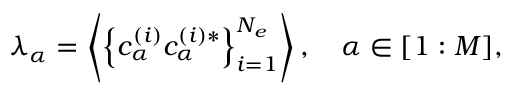
\begin{array} { r } { \lambda _ { \alpha } = \left\langle \left\{ c _ { \alpha } ^ { ( i ) } c _ { \alpha } ^ { ( i ) * } \right\} _ { i = 1 } ^ { N _ { e } } \right\rangle , \quad \alpha \in [ 1 : M ] , } \end{array}